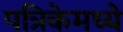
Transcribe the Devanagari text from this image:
पत्रिकेमध्ये